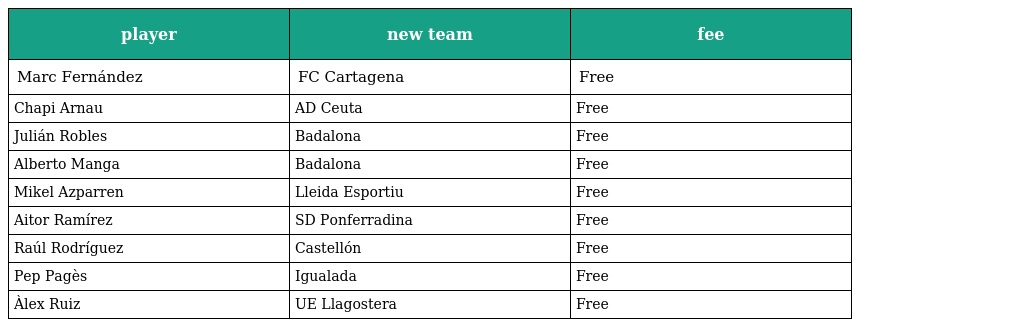
| player | new team | fee |
 | --- | --- | --- |
 | Marc Fernández | FC Cartagena | Free |
 | Chapi Arnau | AD Ceuta | Free |
 | Julián Robles | Badalona | Free |
 | Alberto Manga | Badalona | Free |
 | Mikel Azparren | Lleida Esportiu | Free |
 | Aitor Ramírez | SD Ponferradina | Free |
 | Raúl Rodríguez | Castellón | Free |
 | Pep Pagès | Igualada | Free |
 | Àlex Ruiz | UE Llagostera | Free |